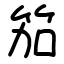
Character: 笳